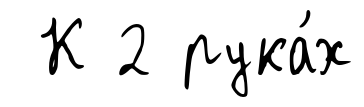
К 2 рука́х